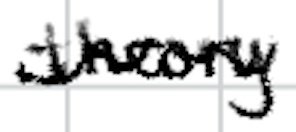
Text: theory
Cross-out: wave
Writing tool: digital_black